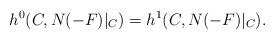
LaTeX: \begin{align*}h^0 (C, N(-F)|_C)=h^1 (C, N(-F)|_C).\end{align*}